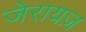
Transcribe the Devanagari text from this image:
जेरायज़